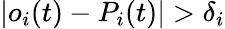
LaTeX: |o_{i}(t)-P_{i}(t)|>\delta_{i}